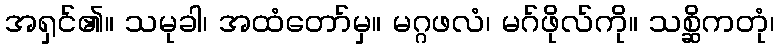
အရှင်၏။ သမုခါ၊ အထံတော်မှ။ မဂ္ဂဖလံ၊ မဂ်ဖိုလ်ကို။ သစ္ဆိကတုံ၊